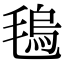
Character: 𣯑